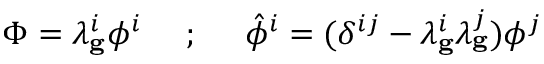
\Phi = \lambda _ { \bf g } ^ { i } \phi ^ { i } \ \ \ \ ; \ \ \ \ \hat { \phi } ^ { i } = ( \delta ^ { i j } - \lambda _ { \bf g } ^ { i } \lambda _ { \bf g } ^ { j } ) \phi ^ { j }